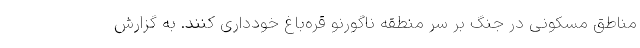
مناطق مسکونی در جنگ بر سر منطقه ناگورنو قره‌باغ خودداری کنند. به گزارش